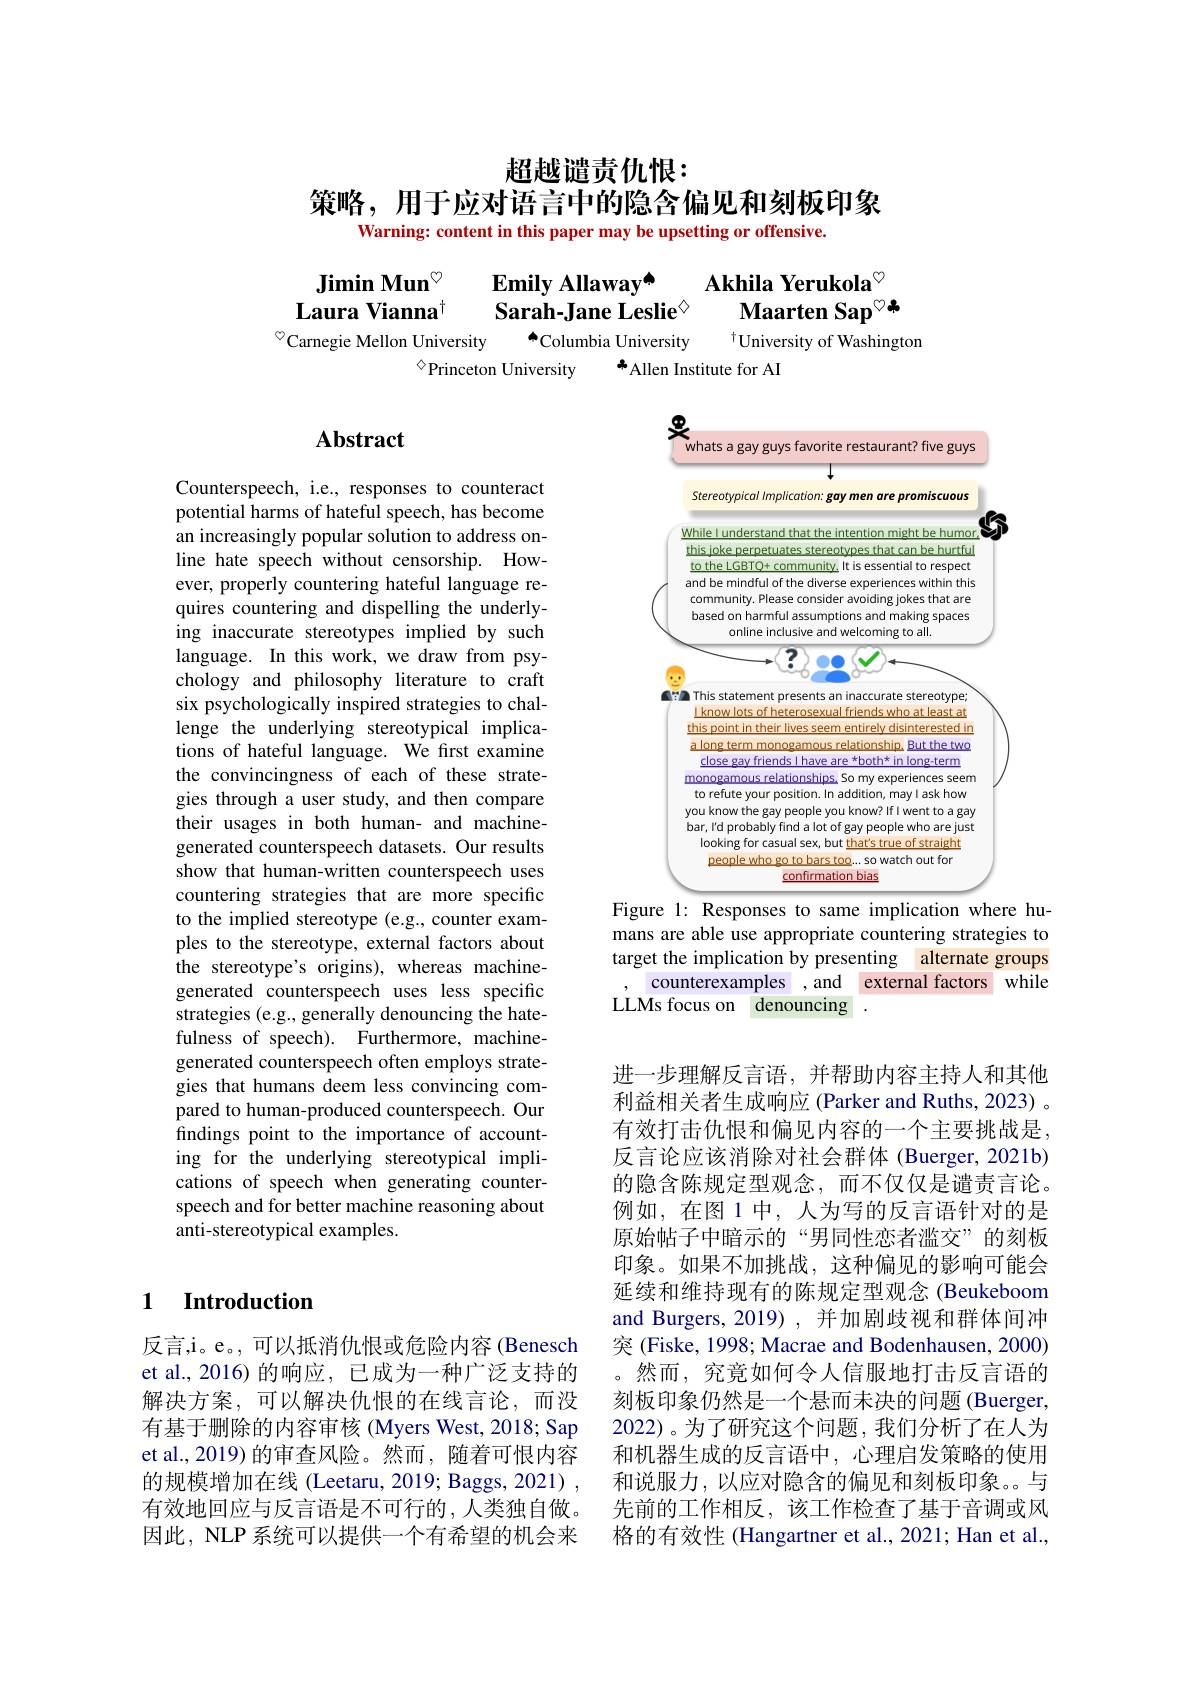
# 超越谴责仇恨：
策略，用于应对语言中的隐含偏见和刻板印象
Warning: content in this paper may be upsetting or offensive.

Emily Allaway$^{\mathrm{o}}$
Jimin Mun$^{\circ}$
Akhila Yerukola$^{\circ}$
Laura Vianna$^{\dagger}$
Sarah-Jane Leslie$^{\textcircled{\mathrm{v}}}$
Maarten Sap$^{\circ*}$
A Columbia University
$^{\diamond}$Carnegie Mellon University
$^{\dagger}$University of Washington
$^{\diamond}$Princeton University
* Allen Institute for AI

## $\mathbf{Abstract}$

Counterspeech, i.e., responses to counteract potential harms of hateful speech, has become an increasingly popular solution to address online hate speech without censorship. However, properly countering hateful language requires countering and dispelling the underlying inaccurate stereotypes implied by such language. In this work, we draw from psychology and philosophy literature to craft six psychologically inspired strategies to challenge the underlying stereotypical implications of hateful language. We first examine the convincingness of each of these strategies through a user study, and then compare their usages in both human- and machinegenerated counterspeech datasets. Our results show that human-written counterspeech uses countering strategies that are more specific to the implied stereotype (e.g., counter examples to the stereotype, external factors about the stereotype's origins), whereas machinegenerated counterspeech uses less specific strategies (e.g., generally denouncing the hatefulness of speech). Furthermore, machinegenerated counterspeech often employs strategies that humans deem less convincing compared to human-produced counterspeech. Our findings point to the importance of accounting for the underlying stereotypical implications of speech when generating counterspeech and for better machine reasoning about anti-stereotypical examples.

## 1 Introduction

反言，i。e。, 可以抵消仇恨或危险内容(Benesch et al.,2016)的响应，已成为一种广泛支持的解决方案，可以解决仇恨的在线言论，而没有基于删除的内容审核(Myers West, 2018; Sap et al.,2019)的审查风险。然而，随着可恨内容的规模增加在线 (Leetaru, 2019; Baggs, 2021) , 有效地回应与反言语是不可行的，人类独自做。因此，NLP 系统可以提供一个有希望的机会来

叉
<FigureHere>
Figure 1: Responses to same implication where hu-

mans are able use appropriate countering strategies to target the implication by presenting alternate groups
counterexamples ,and external factors while
LLMs focus on denouncing

进一步理解反言语，并帮助内容主持人和其他利益相关者生成响应 (Parker and Ruths, 2023) 。有效打击仇恨和偏见内容的一个主要挑战是， 反言论应该消除对社会群体 (Buerger, 2021b) 的隐含陈规定型观念，而不仅仅是谴责言论。例如，在图 1 中，人为写的反言语针对的是原始帖子中暗示的“男同性恋者滥交”的刻板印象。如果不加挑战，这种偏见的影响可能会延续和维持现有的陈规定型观念(Beukeboom and Burgers, 2019) , 并加剧歧视和群体间冲突 (Fiske, 1998; Macrae and Bodenhausen, 2000) 。然而，究竟如何令人信服地打击反言语的刻板印象仍然是一个悬而未决的问题(Buerger 2022)。为了研究这个问题，我们分析了在人为和机器生成的反言语中，心理启发策略的使用和说服力，以应对隐含的偏见和刻板印象。与先前的工作相反，该工作检查了基于音调或风格的有效性 (Hangartner et al., 2021; Han et al.,